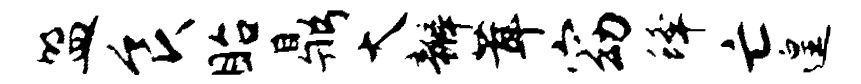
盟食眙鼎大瓣茸窈蜂亡遑